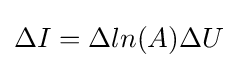
\Delta I=\Delta ln(A)\Delta U